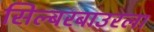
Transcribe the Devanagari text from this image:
सिल्बरबाउरला